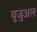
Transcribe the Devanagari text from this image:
यूजुअल